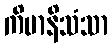
ကိမာနိသံသာ